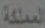
المملكة